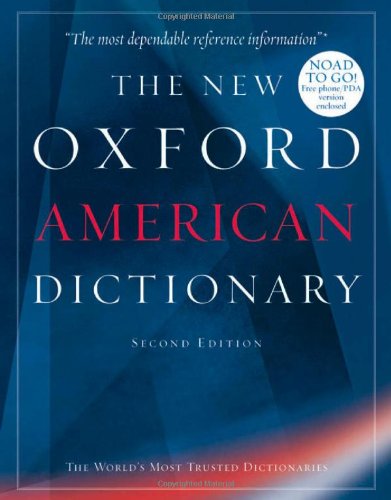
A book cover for The New Oxford American Dictionary; Reference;